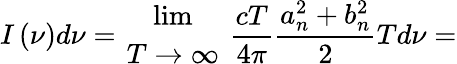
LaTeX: I\left(\nu\right)d\nu={{\operatorname*{lim}}\atop{T\to\infty}}~\frac{cT}{4\pi}\frac{a_{n}^{2}+b_{n}^{2}}{2}Td\nu=